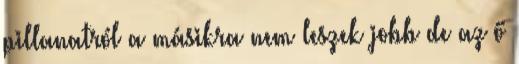
pillanatról a másikra nem leszek jobb de az ő